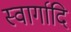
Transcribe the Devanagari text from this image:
स्वार्गादि